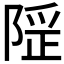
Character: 𨺾